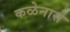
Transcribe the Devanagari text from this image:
कळेनासे